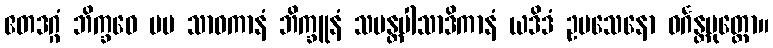
ဧတဒဂ္ဂံ ဘိက္ခဝေ မမ သာဝကာနံ ဘိက္ခူနံ သမန္တပါသာဒိကာနံ ယဒိဒံ ဥပသေနော ဝင်္ဂန္တပုတ္တော။